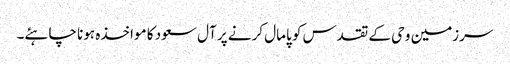
سرزمین وحی کے تقدس کو پامال کرنے پر آل سعود کا مواخذہ ہونا چاہئے۔